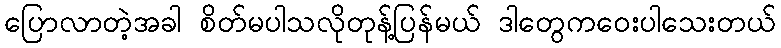
ပြောလာတဲ့အခါ စိတ်မပါသလိုတုန့်ပြန်မယ် ဒါတွေကဝေးပါသေးတယ်